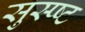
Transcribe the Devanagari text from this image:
सुस्प्ष्ट